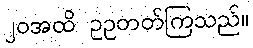
၂၀အထိ ဥဥတတ်ကြသည်။